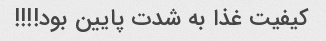
کیفیت غذا به شدت پایین بود!!!!